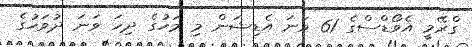
ގްރޭމީ އެވޯޑްސްގެ 61 ވަނަ އެޑިޝަން މި މަހުގެ ދިހަ ވަނަ ދުވަހުގެ